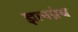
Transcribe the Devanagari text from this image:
ज्ञानग्रंथ